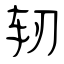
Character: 轫